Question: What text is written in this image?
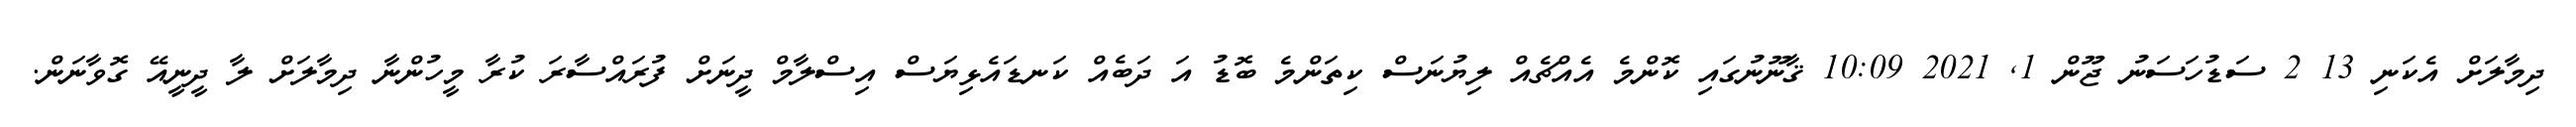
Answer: ދިމާލަށް އެކަނި 13 2 ސަޑުހަސަނު ޖޫން 1, 2021 10:09 ޤާނޫނުގައި ކޮންމެ އެއްޗެއް ލިޔުނަސް ކިތަންމެ ބޮޑު އަ ދަބެއް ކަނޑައެޅިޔަސް އިސްލާމް ދީނަށް ފުރައްސާރަ ކުރާ މީހުންނާ ދިމާލަށް ލާ ދީނީއޭ ގޮވާނަން.